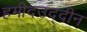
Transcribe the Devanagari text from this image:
हमीदउद्दीन